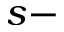
s -